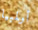
أولمبيا